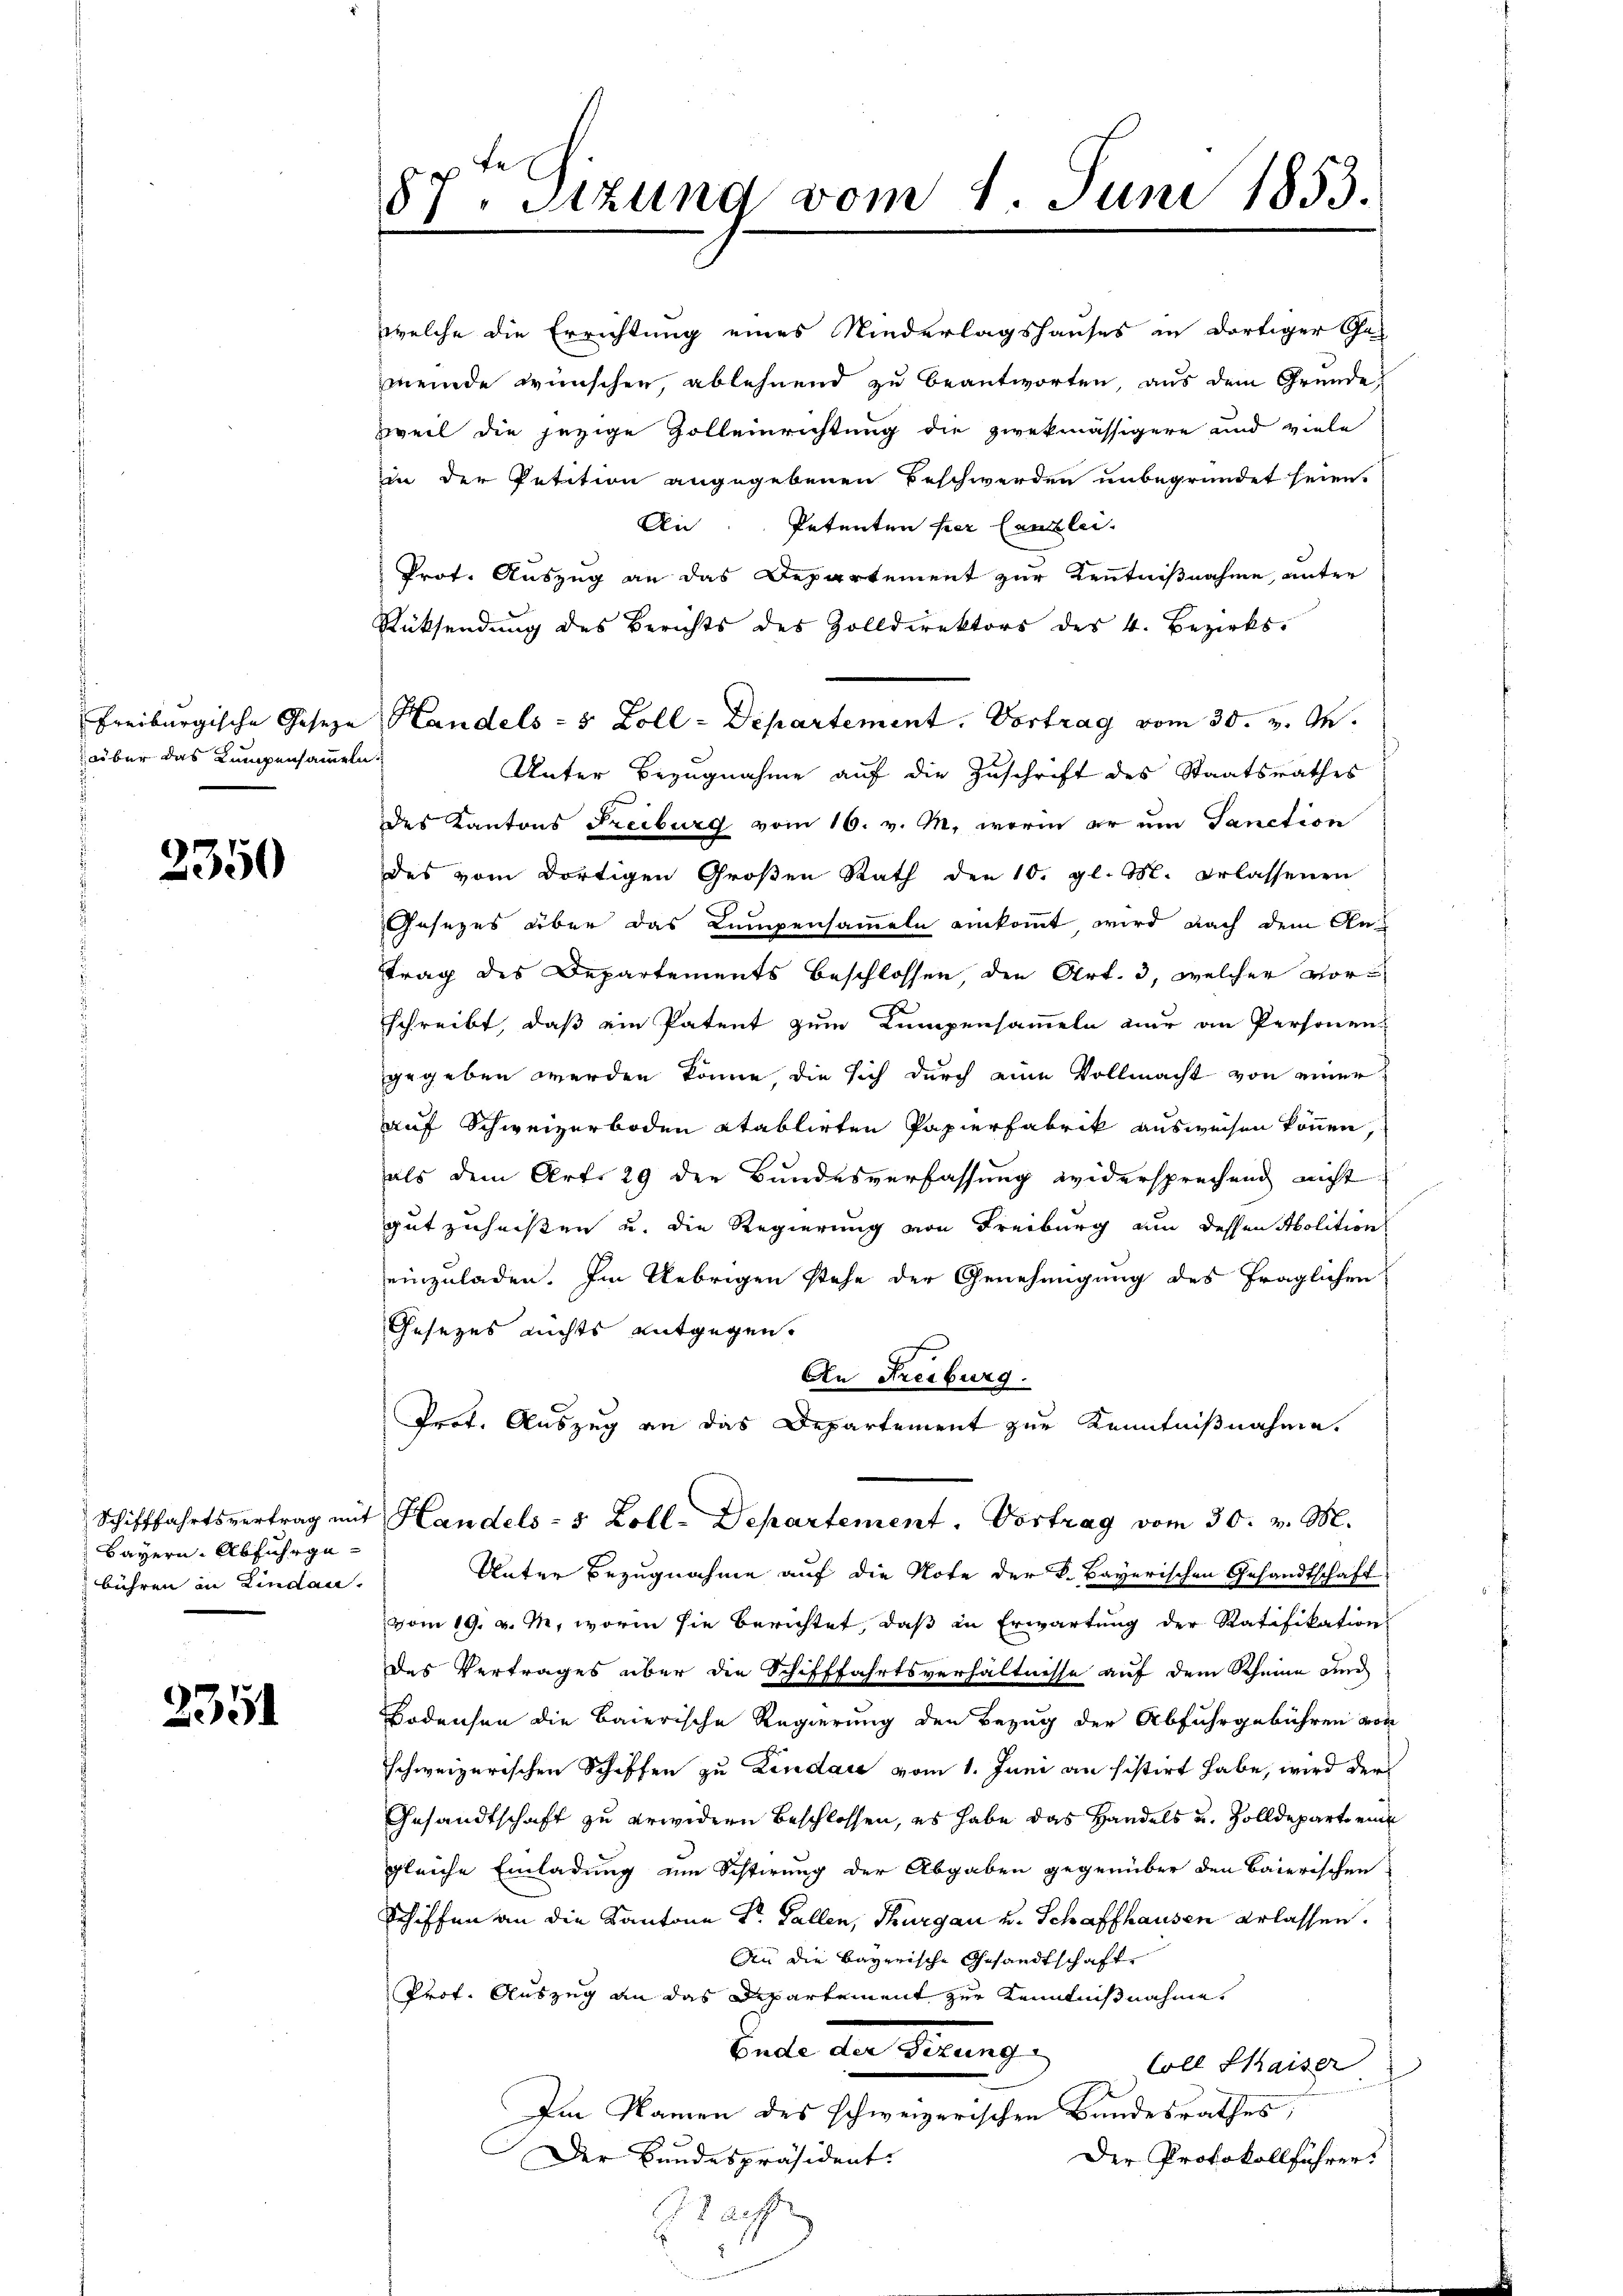
aber das Lumpensammeln.

2350

Bayern, Abfuhrgebühren in Kinden.

2351

87. Sitzung vom 1. Juni 1853.

welche die Errichtung eines Niederlagshauses in dortiger Gemeinde wünschen, ablehnend zu beantworten, aus dem Grunde
zweit die jezige Zolleinrichtung die zwekmässigere und viele
in der Petition angegebenen Beschwerden unbegründet seien.
An. Petenten her Canzlei-
Prof. Auszug an das Departement zur Kenntnißnahme, unter
Rücksendung des Berichts des Zolldirektors des 4. Bezirks¬
Freiburgische Geseze Handels - 5 Zoll - Departement. Vortrag vom 30. v. M.
Unter Bezugnahme auf die Zuschrift des Staatsrathes
des Kantons Freiburg vom 16. v. M., worin er um Sanction
des vom dortigen Großen Rath den 10. gl. M. erlassenen
Gesezes über das Lumpensammeln einkommt, wird nach dem Antrag des Departements beschlossen, den Art. 3, welcher vorschreibt, daß ein Patent zum Kumpensammeln nur an Personen
gegeben werden könne, die sich durch eine Vollmacht von einer
auf Schweizerboden etablirten Papierfabrik ausweisen können,
als dem Art. 29 der Bundesverfassung widersprechend nicht
gutzuheißen u. die Regierung von Freiburg nun dessen Abolition
einzuladen. Im Uebrigen stehe der Genehmigung des fraglichen
Gesezes nichts entgegen.
An Freiburg.
Prof. Auszug an das Departement zur Kenntnißnahme.
Schifffahrtsvertrag mit Handels- 5 Zoll-Departement. Vortrag vom 30. v. M.
Unter Bezugnahme auf die Note der K. Bayerischen Gesandtschaft
vom 19. v. M., worin sie berichtet, daß in Erwartung der Ratifikation
des Vertrages über die Schifffahrtsverhältnisse auf dem Scheine ane
Bodensen die Baierische Regierung den Bezug der Abfuhrgebühren von
schweizerischen Schiffen zu Lindau vom 1. Juni an sistirt habe, wird der
Gesandtschaft zu erwidern beschlossen, es habe das Handels u. Zolldepart eine
gleiche Einladung um Schirung der Abgaben gegenüber den Baierischen
Schiffen an die Kantone Dr. Gallen, Thurgau v. Schaffhausen erlassen.
An die Bayerische Gesandtschafte
Prof. Auszug an das Departement zur Kenntnißnahme
Beile der Seinige
Coll Chaiser
Im Namen des schweizerischen Bandesrathes,
Der Protokollführer.
Der Bundespräsident.
racht